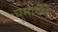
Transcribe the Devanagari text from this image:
घुमायेंगी